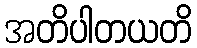
အတိပါတယတိ